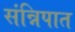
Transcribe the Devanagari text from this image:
संन्निपात